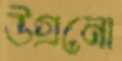
উগ্‌রনো